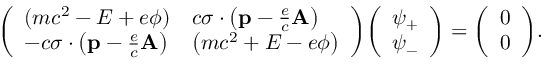
{ \left( \begin{array} { l l } { ( m c ^ { 2 } - E + e \phi ) } & { c \sigma \cdot \left( \mathbf { p } - { \frac { e } { c } } \mathbf { A } \right) } \\ { - c { \boldsymbol { \sigma } } \cdot \left( \mathbf { p } - { \frac { e } { c } } \mathbf { A } \right) } & { \left( m c ^ { 2 } + E - e \phi \right) } \end{array} \right) } { \left( \begin{array} { l } { \psi _ { + } } \\ { \psi _ { - } } \end{array} \right) } = { \left( \begin{array} { l } { 0 } \\ { 0 } \end{array} \right) } .